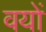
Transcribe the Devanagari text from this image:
वयों